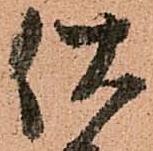
伏